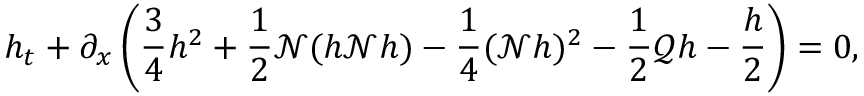
h _ { t } + \partial _ { x } \left( \frac { 3 } { 4 } h ^ { 2 } + \frac { 1 } { 2 } \mathscr { N } ( h \mathscr { N } h ) - \frac { 1 } { 4 } ( \mathscr { N } h ) ^ { 2 } - \frac { 1 } { 2 } \mathscr { Q } h - \frac { h } { 2 } \right) = 0 ,